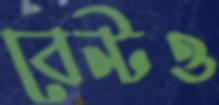
বেন্টও